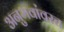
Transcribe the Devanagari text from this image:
अनुभवांवरच